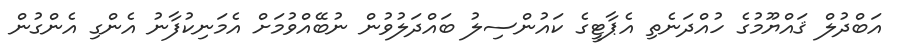
އަބްދުލް ޤައްޔޫމުގެ ހުއްދަނެތި އެޕާޓީގެ ކައުންސިލު ބައްދަލުވުން ނުބޭއްވުމަށް އެމަނިކުފާނު އެންގި އެންގުން